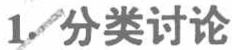
1. 分类讨论